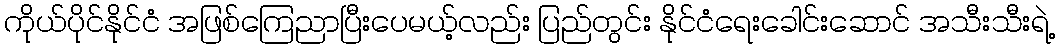
ကိုယ်ပိုင်နိုင်ငံ အဖြစ်ကြေညာပြီးပေမယ့်လည်း ပြည်တွင်း နိုင်ငံရေးခေါင်းဆောင် အသီးသီးရဲ့